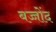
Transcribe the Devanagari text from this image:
बच्चोंद